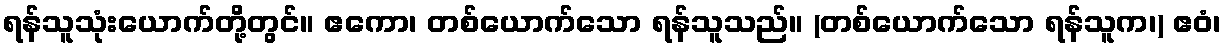
ရန်သူသုံးယောက်တို့တွင်။ ဧကော၊ တစ်ယောက်သော ရန်သူသည်။ (တစ်ယောက်သော ရန်သူက၊) ဧဝံ၊